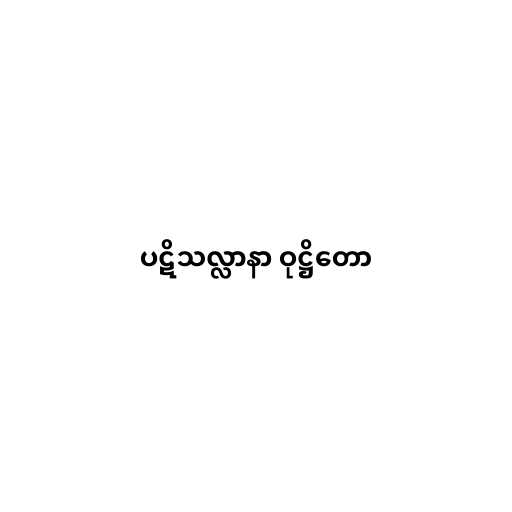
ပဋိသလ္လာနာ ဝုဋ္ဌိတော